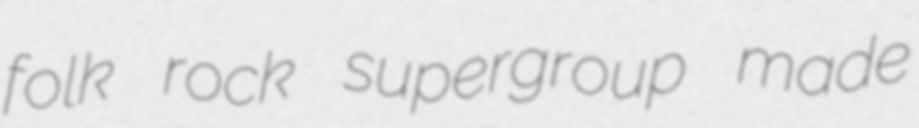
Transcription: folk rock supergroup made